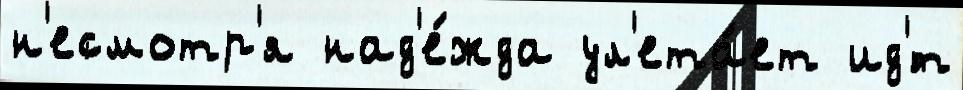
н'есмотр'я над'е́жда ул'ета́ет ид'́т